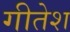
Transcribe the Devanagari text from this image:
गीतेश